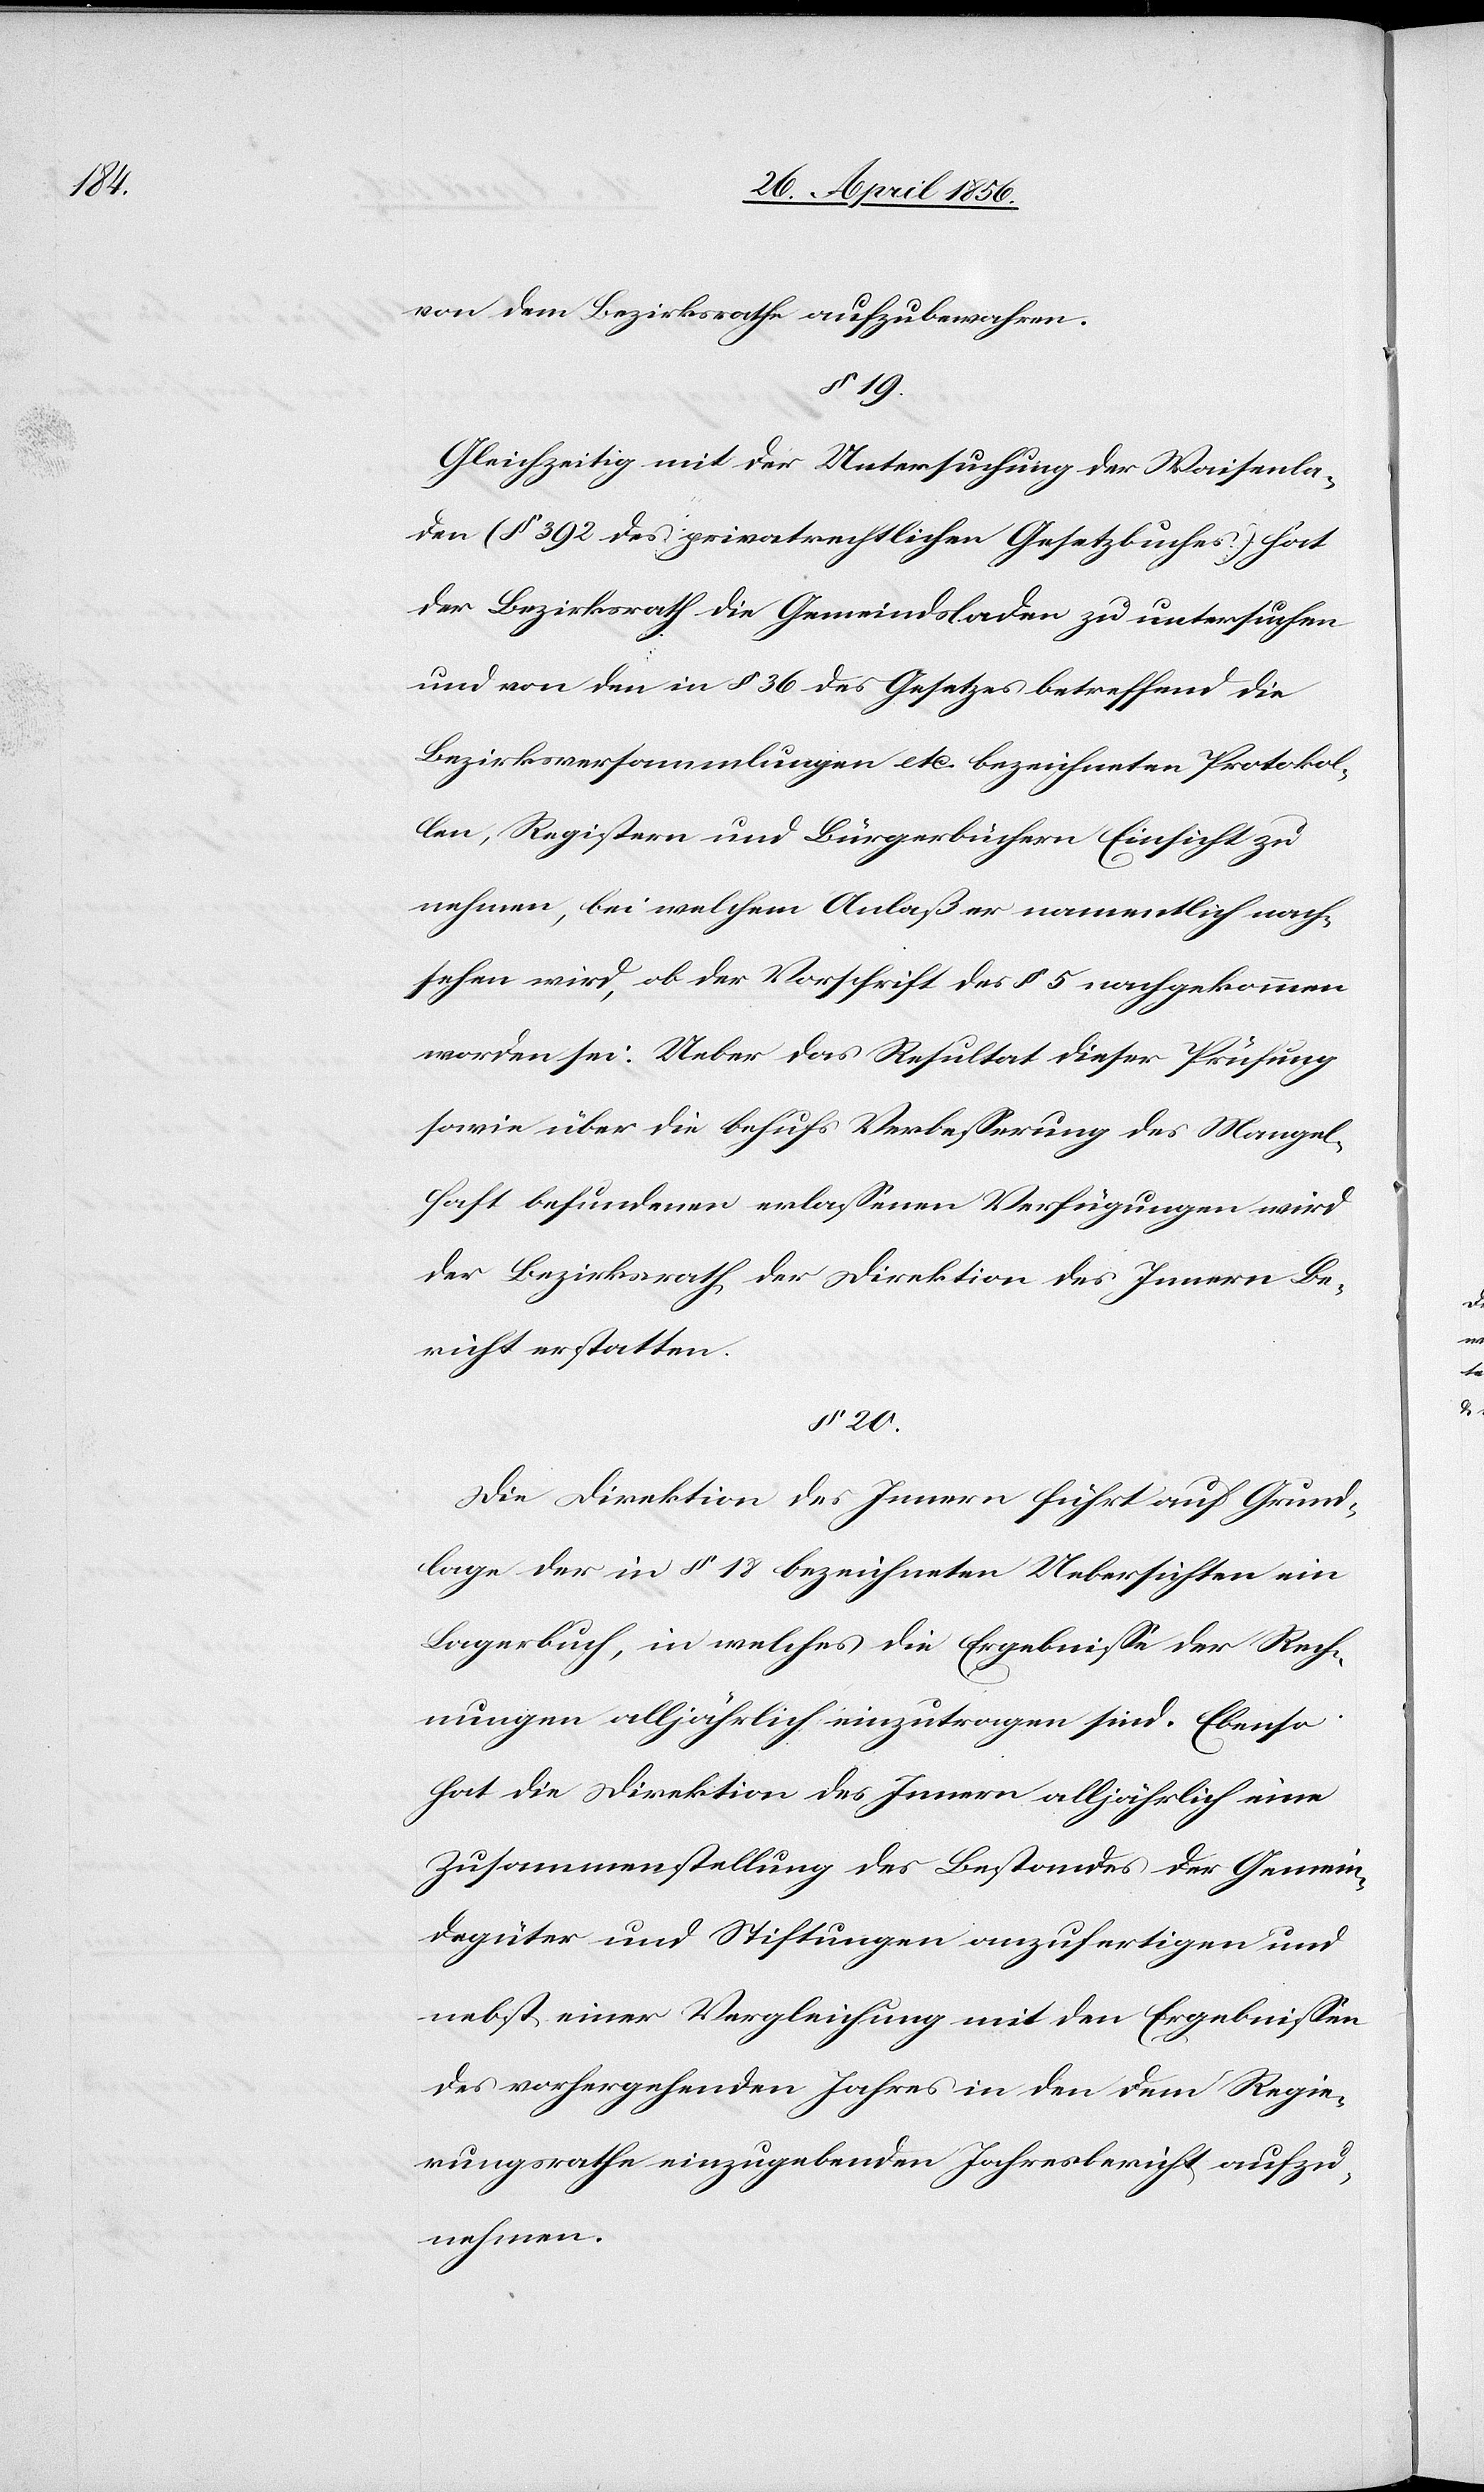
von dem Bezirksrathe aufzubewahren.
§ 19.
Gleichzeitig mit der Untersuchung der Waisenla¬
den (§ 392 des privatrechtlichen Gesetzbuches.) hat
der Bezirksrath die Gemeindsladen zu untersuchen
und von den in § 36 des Gesetzes betreffend die
Bezirksversammlungen etc. bezeichneten Protokol¬
len, Registern und Bürgerbüchern Einsicht zu
nehmen, bei welchem Anlaß er namentlich nach¬
sehen wird, ob der Vorschrift des § 5 nachgekommen
worden sei. Ueber das Resultat dieser Prüfung
sowie über die behufs Verbesserung des Mangel¬
haft befundenen erlassenen Verfügungen wird
der Bezirksrath der Direktion des Innern Be¬
richt erstatten.
§ 20.
Die Direktion des Innern führt auf Grund¬
lage der in § 18 bezeichneten Uebersichten ein
Lagerbuch, in welches die Ergebnisse der Rech¬
nungen alljährlich einzutragen sind. Ebenso
hat die Direktion des Innern alljährlich eine
Zusammenstellung des Bestandes der Gemein¬
degüter und Stiftungen anzufertigen und
nebst einer Vergleichung mit den Ergebnissen
des vorhergehenden Jahres in den dem Regie¬
rungsrathe einzugebenden Jahresbericht aufzu¬
nehmen.